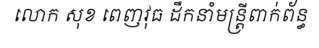
លោក សុខ ពេញវុធ ដឹកនាំមន្ត្រីពាក់ព័ន្ធ